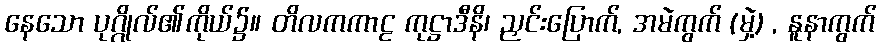
နေသော ပုဂ္ဂိုလ်၏ကိုယ်၌။ တိလကကာဠ ကုဋ္ဌာဒီနိ၊ ညှင်းပြောက်, အမဲကွက် (မှဲ့) , နူနာကွက်